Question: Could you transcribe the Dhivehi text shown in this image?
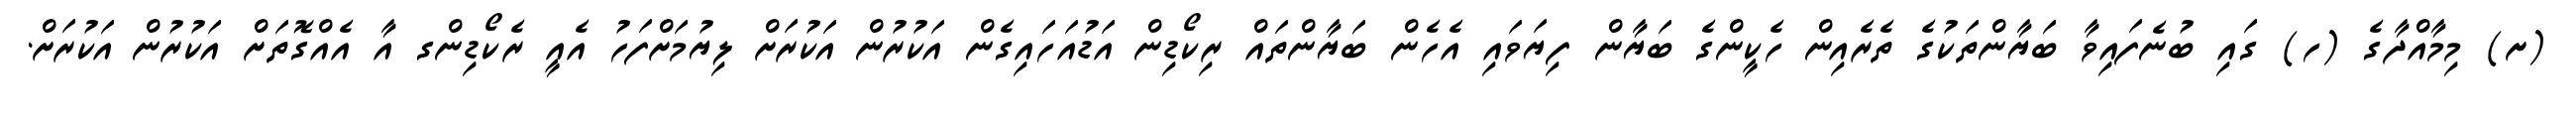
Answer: (ށ) މިމާއްދާގެ (ހ) ގައި ބުނެފައިވާ ބަޔާންތަކުގެ ތެރެއިން ހެކީންގެ ބަޔާން ފިޔަވައި އެހެން ބަޔާންތައް ރިކޯޑިން އަޑުއަހައިގެން އަކުރުން އަކުރަށް ލިޔުމަށްފަހު އެއީ ރެކޯޑިންގ އާ އެއްގޮތަށް އަކުރުން އަކުރަށް.